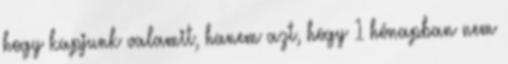
hogy kapjunk valamit, hanem azt, hogy 1 hónapban nem